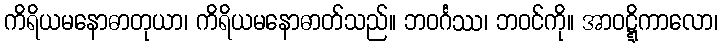
ကိရိယမနောဓာတုယာ၊ ကိရိယမနောဓာတ်သည်။ ဘဝင်္ဂဿ၊ ဘဝင်ကို။ အာဝဋ္ဋိကာလော၊